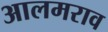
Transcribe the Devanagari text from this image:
आलमराव